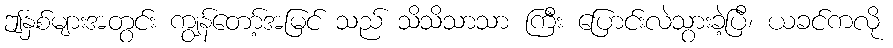
ဤနှစ်များအတွင်း ကျွန်တော့်အမြင် သည် သိသိသာသာ ကြီး ပြောင်းလဲသွားခဲ့ပြီ၊ ယခင်ကလို